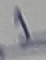
Text: 1